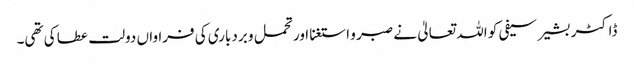
ڈاکٹر بشیر سیفی کو اللہ تعالیٰ نے صبر و استغنا اور تحمل و بردباری کی فراواں دولت عطا کی تھی۔